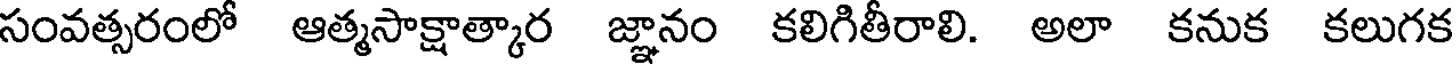
సంవత్సరంలో ఆత్మసాక్షాత్కార జ్ఞానం కలిగితీరాలి. అలా కనుక కలుగక